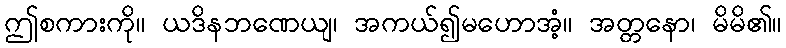
ဤစကားကို။ ယဒိနဘဏေယျ၊ အကယ်၍မဟောအံ့။ အတ္တနော၊ မိမိ၏။